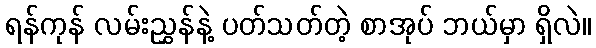
ရန်ကုန် လမ်းညွှန်နဲ့ ပတ်သတ်တဲ့ စာအုပ် ဘယ်မှာ ရှိလဲ။